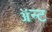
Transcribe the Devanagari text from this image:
ॲन्ट